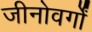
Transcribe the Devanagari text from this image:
जीनोवर्गों